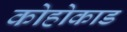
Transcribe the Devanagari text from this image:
कोहोकाड